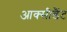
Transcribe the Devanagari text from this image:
आक्सीडैंट